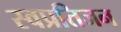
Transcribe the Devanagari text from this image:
स्वप्रतिजन